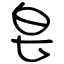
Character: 皂